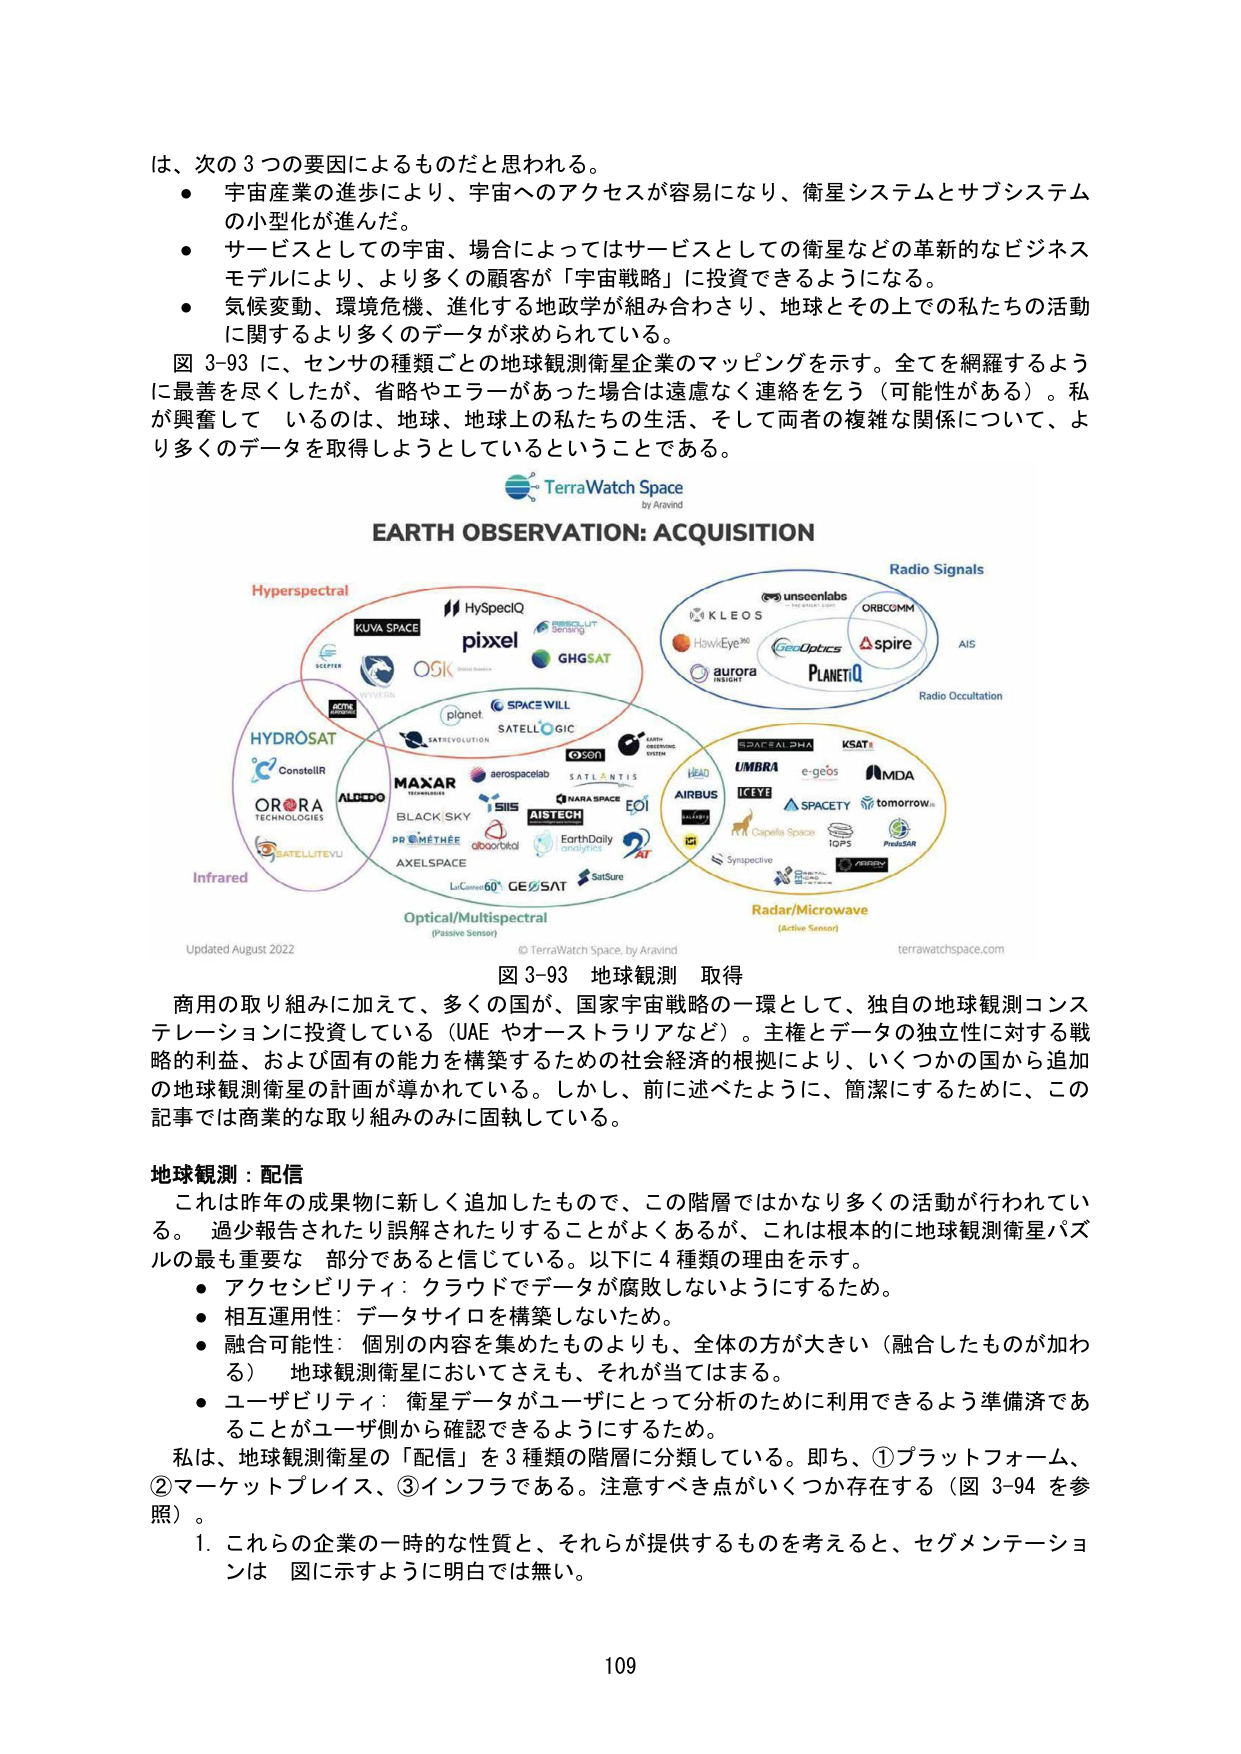
は、次の3つの要因によるものだと思われる。
● 宇宙産業の進歩により、宇宙へのアクセスが容易になり、衛星システムとサブシステムの小型化が進んだ。
● サービスとしての宇宙、場合によってはサービスとしての衛星などの革新的なビジネスモデルにより、より多くの顧客が「宇宙戦略」に投資できるようになる。
● 気候変動、環境危機、進化する地政学が組み合わさり、地球とその上での私たちの活動に関するより多くのデータが求められている。
図 3-93 に、センサの種類ごとの地球観測衛星企業のマッピングを示す。全てを網羅するように最善を尽くしたが、省略やエラーがあった場合は遠慮なく連絡を乞う（可能性がある）。私が興奮しているのは、地球、地球上の私たちの生活、そして両者の複雑な関係について、より多くのデータを取得しようとしているということである。
TerraWatch Space
by Aravind
EARTH OBSERVATION: ACQUISITION
Hyperspectral
KUVA SPACE
HySpecIQ
pixxel
GHGSAT
OSK
SCIFER
HYDROSAT
ConstellR
ORORA
TECHNOLOGIES
ALDEDO
SATELLITEVU
Infrared
SPACE WILL
SATELLLOGIC
planet
SATREVOLUTION
MAXAR
aerospacelab
SATALANTIS
BLACK SKY
SIIS
AISTECH
PRÉMÉTHÉE
axelSpace
LiCorne60
GEOSAT
SatSure
Optical/Multispectral
(Passive Sensor)
Radio Signals
unseenlabs
KLEOS
HawkEye 360
GeoOptics
spire
aurora
PLANETIQ
ORBCOMM
AIS
Radio Occultation
SPACEFLDHA
KSAT
UMBRA
e-geos
MDA
ICEYE
SPACETY
tomorrow
AIRBUS
Capella Space
iOPS
PhaedAR
Sympactive
Radar/Microwave
(Active Sensor)
Updated August 2022
© TerraWatch Space, by Aravind
terrawatchspace.com
図 3-93 地球観測 取得
商用の取り組みに加えて、多くの国が、国家宇宙戦略の一環として、独自の地球観測コンステレーションに投資している（UAE やオーストラリアなど）。主権とデータの独立性に対する戦略的利益、および固有の能力を構築するための社会経済的根拠により、いくつかの国から追加の地球観測衛星の計画が導かれている。しかし、前に述べたように、簡潔にするために、この記事では商業的な取り組みのみに固執している。
地球観測：配信
これは昨年の成果物に新しく追加したもので、この階層ではかなり多くの活動が行われている。過少報告されたり誤解されたりすることがよくあるが、これは根本的に地球観測衛星パズルの最も重要な部分であると信じている。以下に4種類の理由を示す。
● アクセシビリティ：クラウドでデータが腐敗しないようにするため。
● 相互運用性：データサイロを構築しないため。
● 融合可能性：個別の内容を集めたものよりも、全体の方が大きい（融合したものが加わる）地球観測衛星においてさえも、それが当てはまる。
● ユーザビリティ：衛星データがユーザにとって分析のために利用できるよう準備济であることがユーザ側から確認できるようにするため。
私は、地球観測衛星の「配信」を3種類の階層に分類している。即ち、①プラットフォーム、②マーケットプレイス、③インフラである。注意すべき点がいくつか存在する（図 3-94 を参照）。
1. これらの企業の一時的な性質と、それらが提供するものを考えると、セグメンテーションは 図に示すように明白では無い。
109